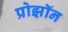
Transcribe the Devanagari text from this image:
प्रोझॉन